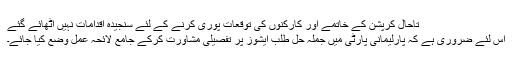
تاحال کرپشن کے خاتمے اور کارکنوں کی توقعات پوری کرنے کے لئے سنجیدہ اقدامات نہیں اٹھائے گئے
اس لئے ضروری ہے کہ پارلیمانی پارٹی میں جملہ حل طلب ایشوز پر تفصیلی مشاورت کرکے جامع لائحہ عمل وضع کیا جائے۔